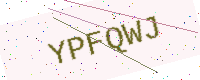
Text: YPFQWJ